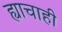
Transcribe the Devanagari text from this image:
ह्याचाही